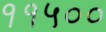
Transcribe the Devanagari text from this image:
११५००